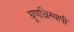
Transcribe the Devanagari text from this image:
घूणक्षिस्थापी